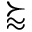
\succapprox